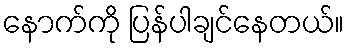
နောက်ကို ပြန်ပါချင်နေတယ်။